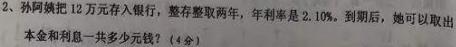
2、孙阿姨把$12$万元存入银行，整存整取两年，年利率是$2.10\%$。到期后，她可以取出本金和利息一共多少元钱？（4分）